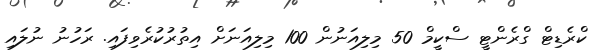
ކްރެޑިޓް ގްރެންޓީ ސްކީމް 50 މިލިއަނުން 100 މިލިއަނަށް އިތުރުކުރެވިފައި. ރަހުނު ނުލައި